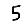
Digit: 5